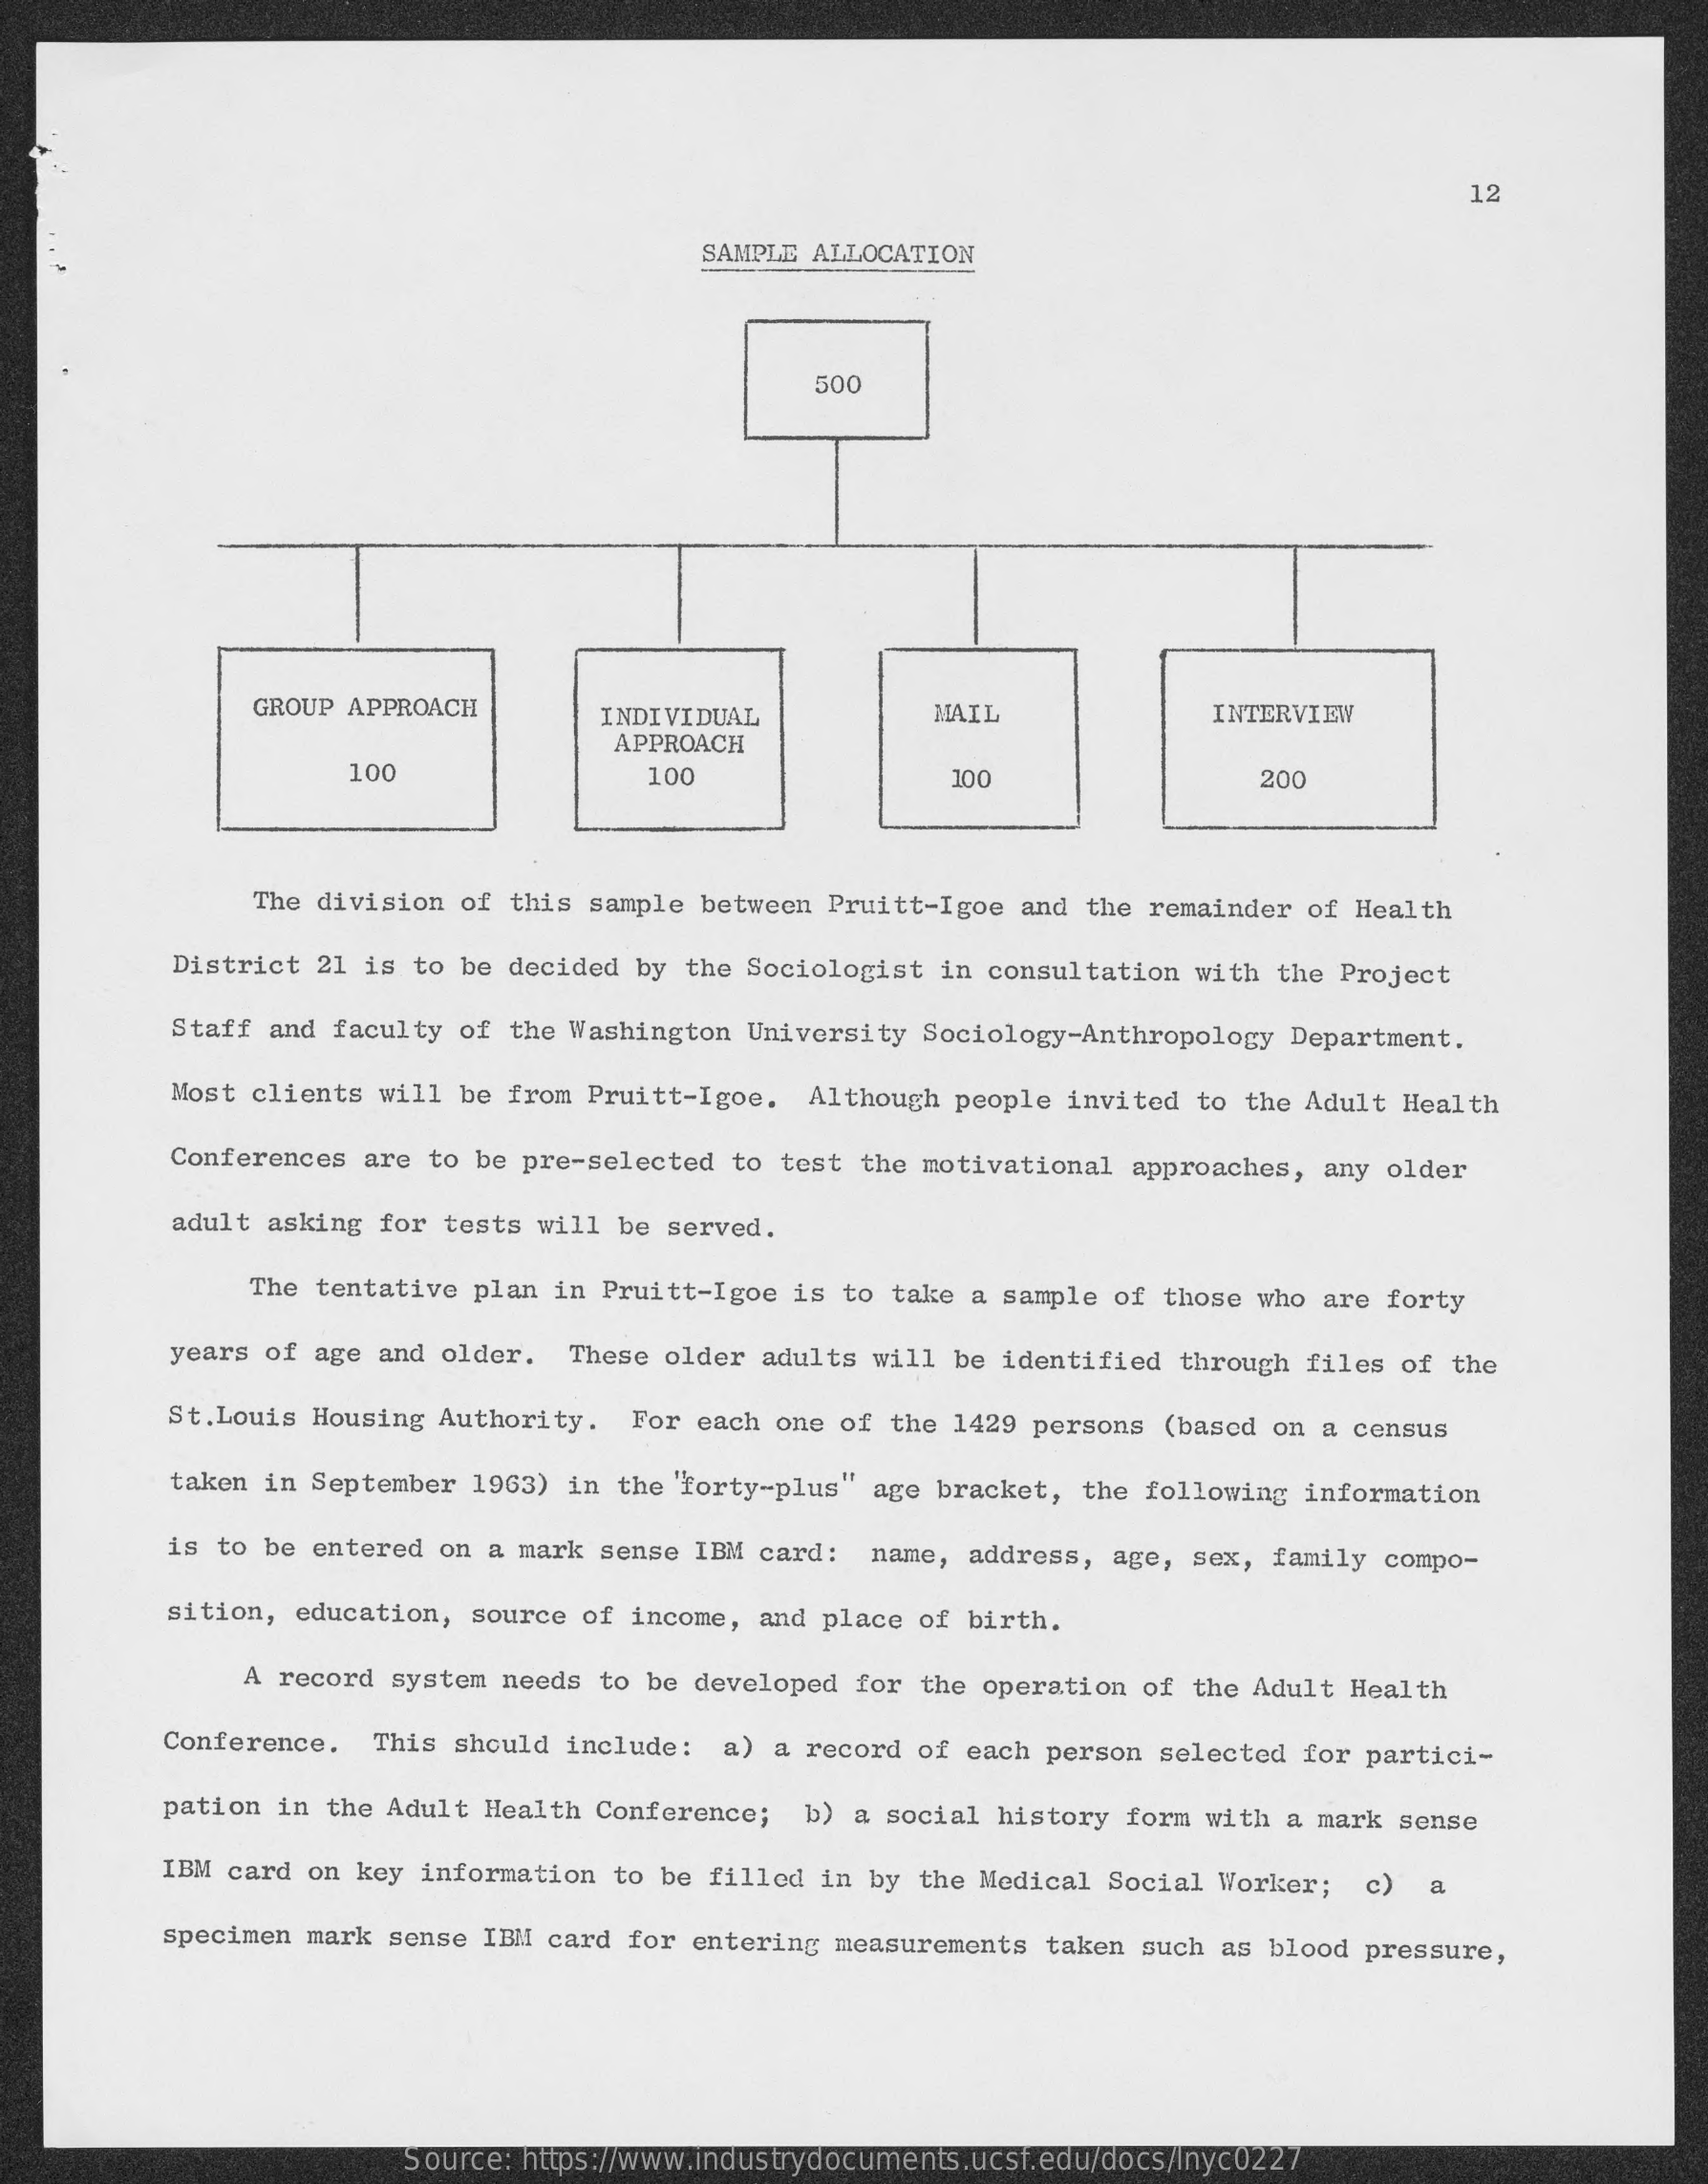
12
     SAMPLE ALLOCATION
     500
     GROUP APPROACH    INDIVIDUAL    MAIL    INTERVIEW
     APPROACH
     100    100    100    200
     The division of this sample between Pruitt-Igoe and the remainder of Health
     District 21 is to be decided by the Sociologist in consultation with the Project
     Staff and faculty of the Washington University Sociology-Anthropology Department.
     Most clients will be from Pruitt-Igoe. Although people invited to the Adult Health
     Conferences are to be pre-selected to test the motivational approaches, any older
     adult asking for tests will be served.
     The tentative plan in Pruitt-Igoe is to take a sample of those who are forty
     years of age and older. These older adults will be identified through files of the
     St.Louis Housing Authority. For each one of the 1429 persons (based on a census
     taken in September 1963) in the 'forty-plus" age bracket, the following information
     is to be entered on a mark sense IBM card: name, address, age, sex, family compo-
     sition, education, source of income, and place of birth.
     A record system needs to be developed for the operation of the Adult Health
     Conference. This should include: a) a record of each person selected for partici-
     pation in the Adult Health Conference; b) a social history form with a mark sense
     IBM card on key information to be filled in by the Medical Social Worker; c) a
     specimen mark sense IBM card for entering measurements taken such as blood pressure,
     Source: https://www.industrydocuments.ucsf.edu/docs/lnyc0227